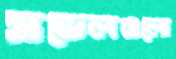
মডেলগুলো